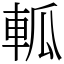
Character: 軱